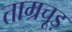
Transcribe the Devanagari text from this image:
ताम्रचूड़